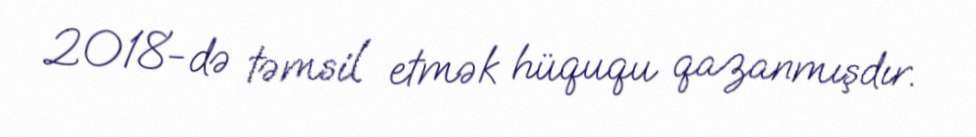
2018-də təmsil etmək hüququ qazanmışdır.